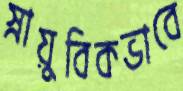
স্নায়ুবিকভাবে